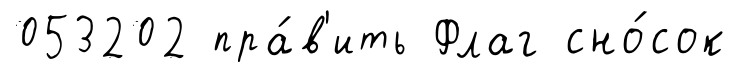
053202 пра́в'ить Флаг сно́сок